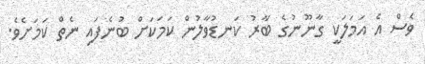
ވެސް އެ އަމަލަކީ ގާނޫނުގެ ބާރު ކަނޑުވާލުން ކަމަކަށް ބުނެފައި ނެތް ކަމަށެވެ.